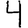
Digit: 4